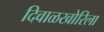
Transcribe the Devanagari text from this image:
दिवाळखोरिला